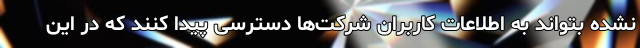
نشده بتواند به اطلاعات کاربران شرکت‌ها دسترسی پیدا کنند که در این